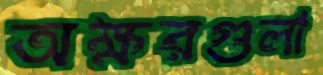
অক্ষরগুলা